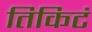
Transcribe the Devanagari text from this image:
तिकिटं